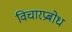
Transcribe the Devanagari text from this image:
विचारप्रबोध